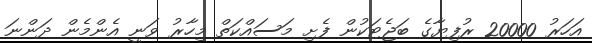
އަހަރު 20000 ރުފިޔާގެ ބަޖެޓަކުން ފެށި މަސައްކަތް މިހާރު ވަނީ އެންމެން ދަންނަ